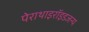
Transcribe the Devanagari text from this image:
पेराथाइरॉइडजन्य